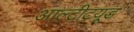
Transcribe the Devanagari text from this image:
आल्टीटयूड